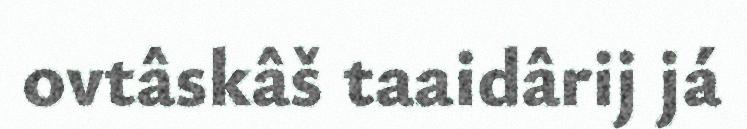
ovtâskâš taaidârij já